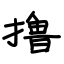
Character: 撸